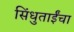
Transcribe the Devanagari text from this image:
सिंधुताईंचा